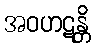
အဝဟဋန္တိ